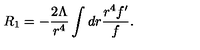
R _ { 1 } = - \frac { 2 \Lambda } { r ^ { 4 } } \int d r \frac { r ^ { 4 } f ^ { \prime } } { f } .